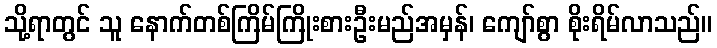
သို့ရာတွင် သူ နောက်တစ်ကြိမ်ကြိုးစားဦးမည်အမှန်၊ ကျော်စွာ စိုးရိမ်လာသည်။